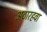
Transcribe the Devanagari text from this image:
अठारहवा